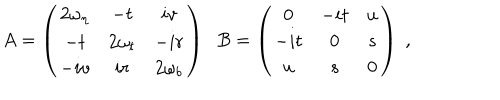
A = \left( \begin{array} { c c c } { { 2 \omega _ { \eta } } } & { { - t } } & { { i v } } \\ { { - t } } & { { 2 \omega _ { t } } } & { { - i r } } \\ { { - i v } } & { { i r } } & { { 2 \omega _ { b } } } \\ \end{array} \right) \; \; B = \left( \begin{array} { c c c } { { 0 } } & { { - i t } } & { { u } } \\ { { - i t } } & { { 0 } } & { { s } } \\ { { u } } & { { s } } & { { 0 } } \\ \end{array} \right) \; ,